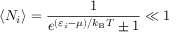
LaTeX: \langle N _ { i } \rangle = { \frac { 1 } { e ^ { ( \varepsilon _ { i } - \mu ) / k _ { \mathrm { { B } } } T } \pm 1 } } \ll 1